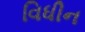
વિધીન